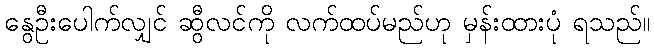
နွေဦးပေါက်လျှင် ဆွီလင်ကို လက်ထပ်မည်ဟု မှန်းထားပုံ ရသည်။